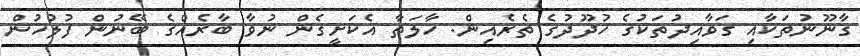
ގާނޫނުތަކާއި ގަވާއިދުތަކުގެ ހުދޫދުގެ ތެރެއިން. ހާލަތާ އެކަށީގެން ނުވާ ބާރެއްގެ ބޭނުން ފުލުހުން